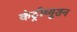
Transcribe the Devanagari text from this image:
कंट्रीब्यूशन